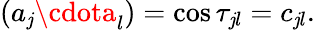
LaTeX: (a_{\mathit{j}}\cdota_{l})=\cos\tau_{\mathit{j}l}=c_{\mathit{j}l}.